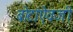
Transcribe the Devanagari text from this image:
बोटांऐवजी